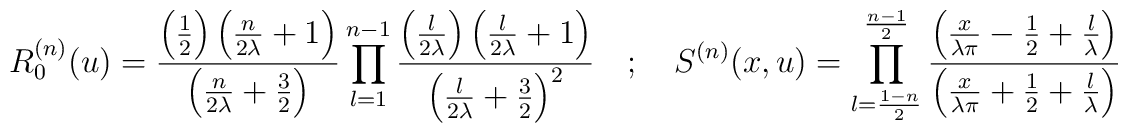
R_{0}^{(n)}(u)=\frac{\left( \frac{1}{2}\right) \left( \frac{n}{2\lambda }+1\right) }{\left( \frac{n}{2\lambda }+\frac{3}{2}\right) }\prod ^{n-1}_{l=1}\frac{\left( \frac{l}{2\lambda }\right) \left( \frac{l}{2\lambda }+1\right) }{\left( \frac{l}{2\lambda }+\frac{3}{2}\right) ^{2}}\quad ;\quad S^{(n)}(x,u)=\prod ^{\frac{n-1}{2}}_{l=\frac{1-n}{2}}\frac{\left( \frac{x}{\lambda \pi }-\frac{1}{2}+\frac{l}{\lambda }\right) }{\left( \frac{x}{\lambda \pi }+\frac{1}{2}+\frac{l}{\lambda }\right) }